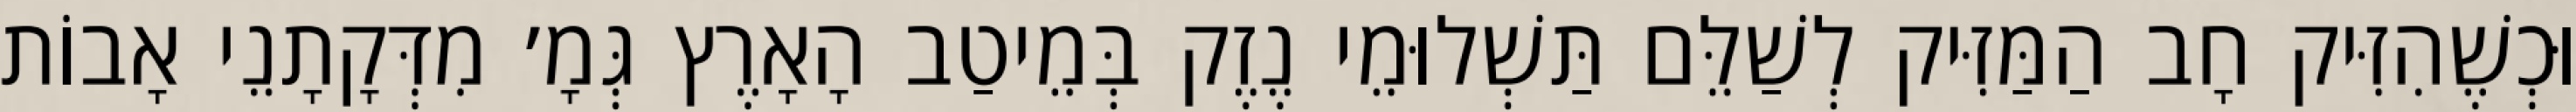
וּכְשֶׁהִזִּיק חָב הַמַּזִּיק לְשַׁלֵּם תַּשְׁלוּמֵי נֶזֶק בְּמֵיטַב הָאָרֶץ גְּמָ׳ מִדְּקָתָנֵי אָבוֹת